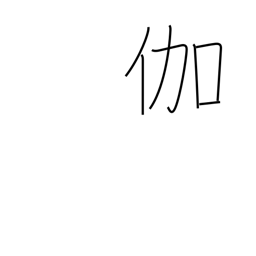
Meaning: nursing